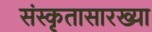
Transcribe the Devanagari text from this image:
संस्कृतासारख्या